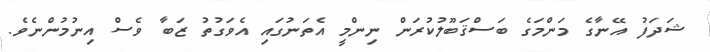
ޝަދަފު އޭނާގެ މަންމަގެ ބަސްޤަބޫލުކުރަން ނިންމީ އެތަނުގައި އެވަގުތު ޒަބާ ވެސް އިނުމުންނެވެ.